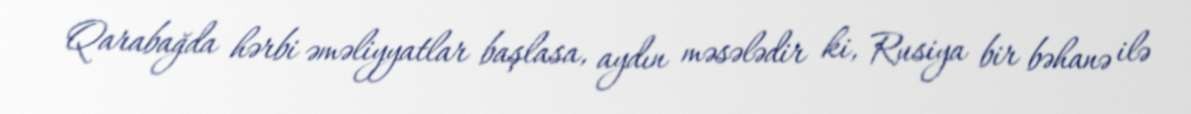
Qarabağda hərbi əməliyyatlar başlasa, aydın məsələdir ki, Rusiya bir bəhanə ilə